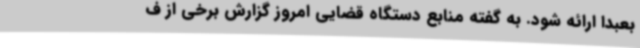
بعبدا ارائه شود. به گفته منابع دستگاه قضایی امروز گزارش برخی از ف